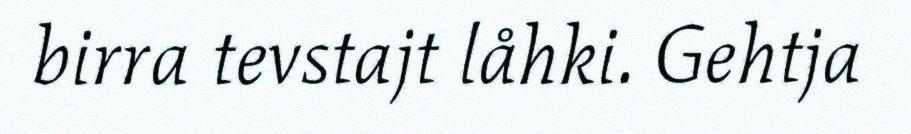
birra tevstajt låhki. Gehtja